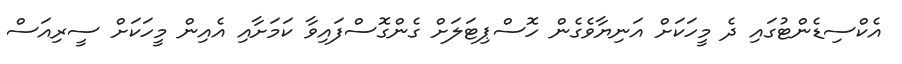
އެކްސިޑެންޓުގައި ދެ މީހަކަށް އަނިޔާވެގެން ހޮސްޕިޓަލަށް ގެންގޮސްފައިވާ ކަމަށާއި އެއިން މީހަކަށް ސީރިއަސް